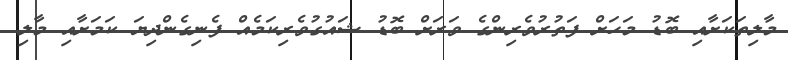
މާލިތަކަށާއި ބޮޑު މަހަށް ފަތުރުވެރިންގެ ވަރަށް ބޮޑު ޝައުގުވެރިކަމެއް ފެނިގެންދިޔަ ކަމަށާއި މާލި